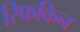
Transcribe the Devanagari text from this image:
रिफकिन